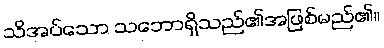
သိအပ်သော သဘောရှိသည်၏အဖြစ်မည်၏။